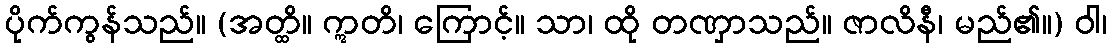
ပိုက်ကွန်သည်။ (အတ္ထိ။ ဣတိ၊ ကြောင့်။ သာ၊ ထို တဏှာသည်။ ဇာလိနီ၊ မည်၏။) ဝါ၊